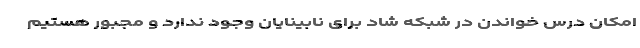
امکان درس خواندن در شبکه شاد برای نابینایان وجود ندارد و مجبور هستیم